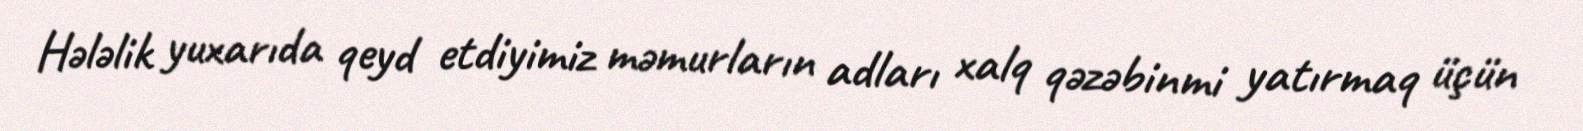
Hələlik yuxarıda qeyd etdiyimiz məmurların adları xalq qəzəbinmi yatırmaq üçün